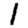
Digit: 1